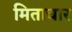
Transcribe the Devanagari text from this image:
मिताचार